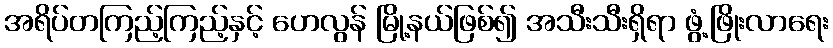
အရိပ်တကြည့်ကြည့်နှင့် ဟေလွန် မြို့နယ်ဖြစ်၍ အသီးသီးရှိရာ ဖွံ့ဖြိုးလာရေး